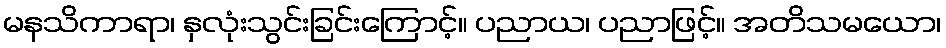
မနသိကာရာ၊ နှလုံးသွင်းခြင်းကြောင့်။ ပညာယ၊ ပညာဖြင့်။ အတိသမယော၊